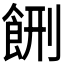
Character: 𱃥